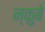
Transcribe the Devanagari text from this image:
न्कुबे